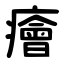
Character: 癐